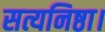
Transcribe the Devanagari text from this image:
सत्यनिष्ठा।